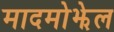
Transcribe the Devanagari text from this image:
मादमोझेल